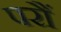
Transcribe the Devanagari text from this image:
परौं